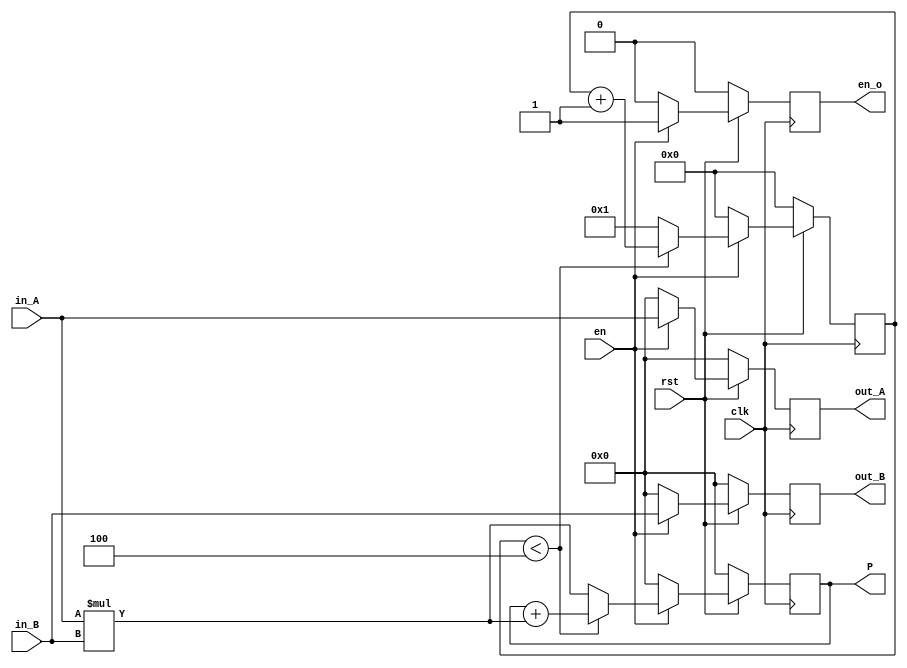
`timescale 1ns / 1ps
//////////////////////////////////////////////////////////////////////////////////
// Company: 
// Engineer: 
// 
// Design Name: 
// Module Name: PE_gram
// Project Name: 
// Target Devices: 
// Tool Versions: 
// Description: 
// 
// Dependencies: 
// 
// Revision:
// Revision 0.01 - File Created
// Additional Comments:
// 
//////////////////////////////////////////////////////////////////////////////////

module PE_gram#(parameter WIDTH=8, DIMENSION=4)
(clk,rst,en,in_A,in_B,out_A,out_B,P,en_o

    );
    input clk;
    input rst;
    input en;
    input [WIDTH-1:0] in_A;
    input [WIDTH-1:0] in_B;
    output reg [WIDTH-1:0] out_A,out_B;
    output reg [WIDTH-1:0] P;
    output reg en_o;
   
     reg[WIDTH-1:0] P_tmp;
     reg [4:0] count;
   
    always @(posedge clk)
    begin
    if(!rst )
    begin
    out_A<=0;
    out_B<=0;
    P<=0;
    P_tmp<=0;
    en_o<=0;

    end
    else if(en)
    begin
    if(count<DIMENSION)
    begin
     out_A<=in_A;
     out_B<=in_B;
     P_tmp<=0;
     P<=P+in_A*in_B;
     en_o<=1;
     end
     else
     begin
     out_A<=in_A;
     out_B<=in_B;
     P_tmp<=0;
     P<=in_A*in_B;
     en_o<=1;
     end
    end
    else 
    begin
    out_A<=0;
    out_B<=0;
    P<=0;
    P_tmp<=0;
    en_o<=0;

    end
    end
    
    always @(posedge clk)
    begin
    if(!rst)
    count<=0;
    else if (en)
      begin
       if(count<DIMENSION)
       count<=count+1;
       else
       begin
       count<=1;

       end
      end
     else
     count<=0;
    
    end
    
   
endmodule